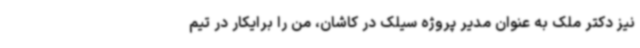
نیز دکتر ملک به عنوان مدیر پروژه سیلک در کاشان، من را برایکار در تیم